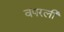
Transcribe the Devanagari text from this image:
वपरली